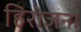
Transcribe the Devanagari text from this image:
हिरोजना